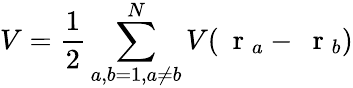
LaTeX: V=\frac{1}{2}\sum_{a,b=1,a\ne b}^{N}V(\mathrm{~\mathbf~r~}_{a}-\mathrm{~\mathbf~r~}_{b})